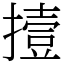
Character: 撎